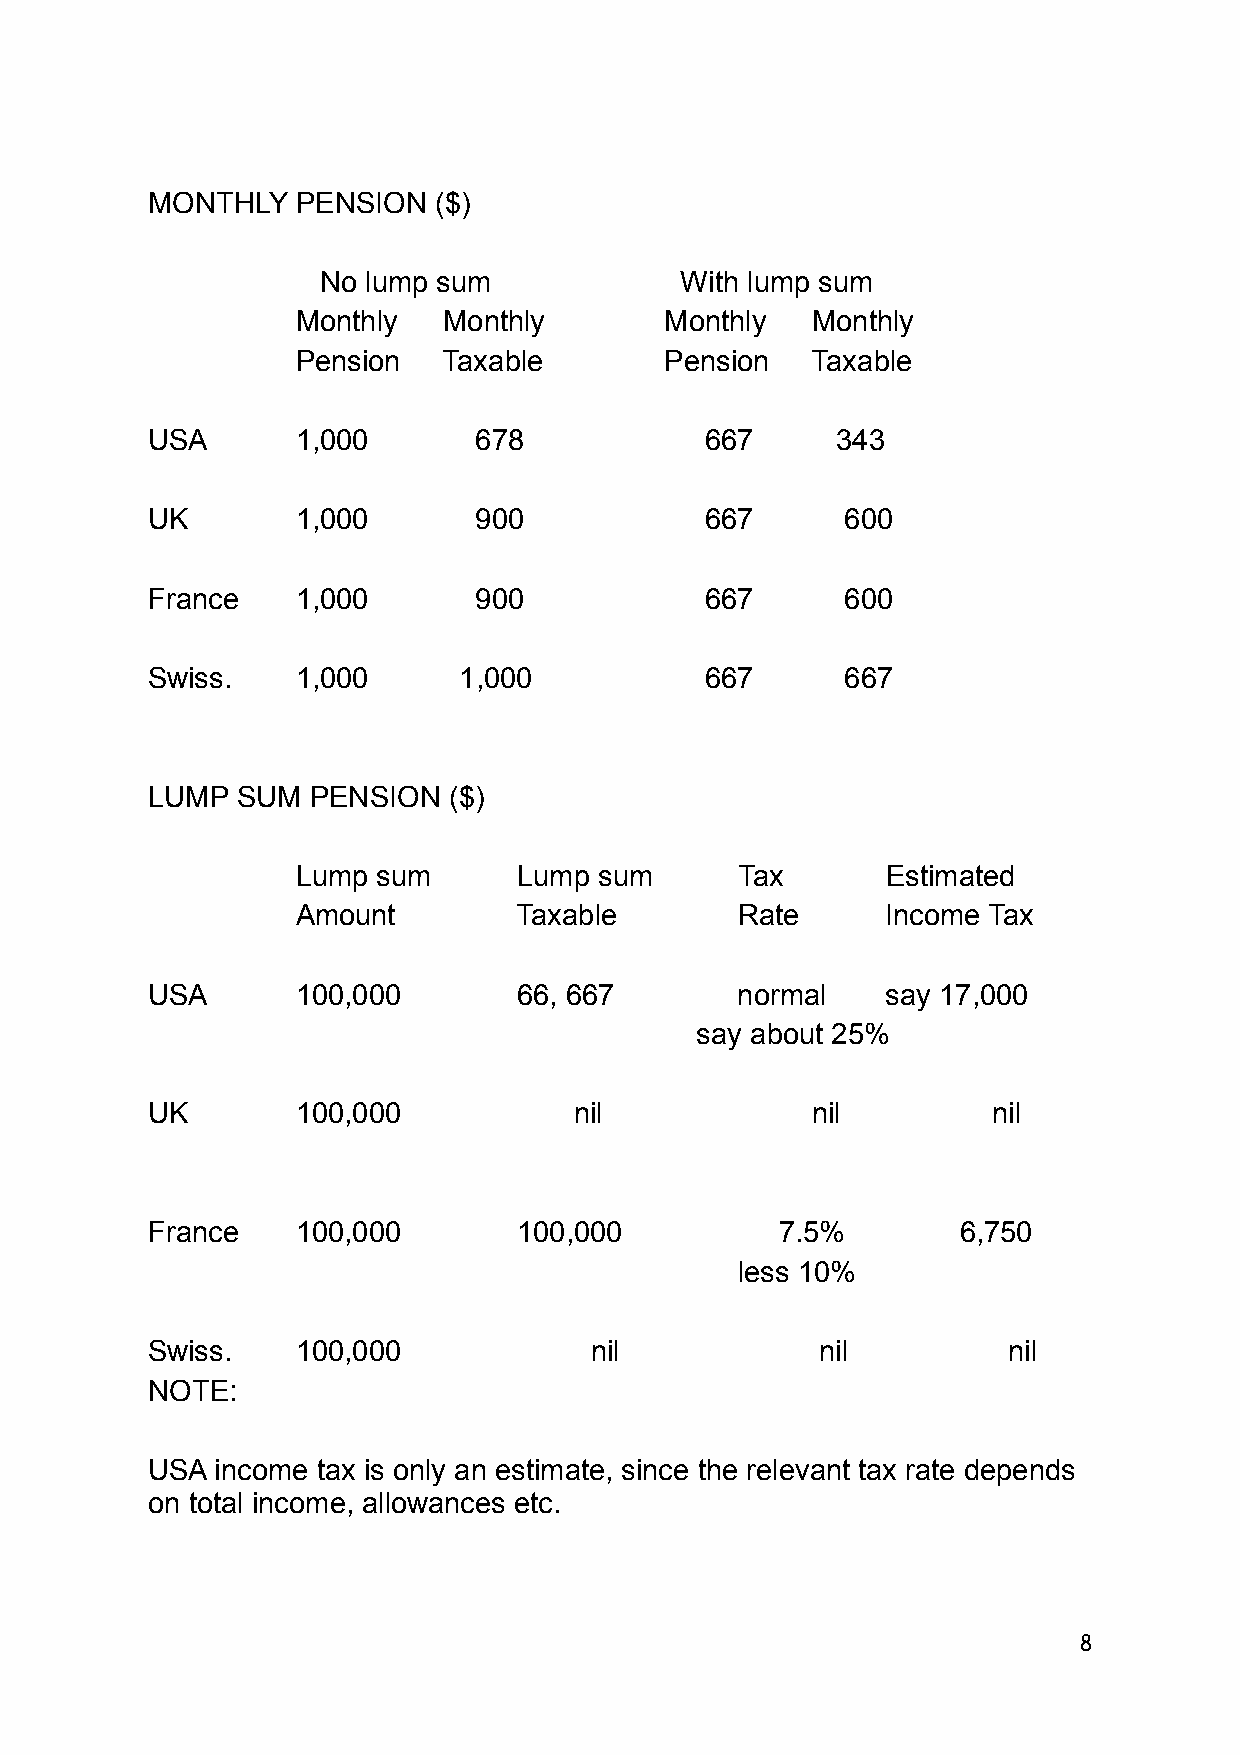
MONTHLY   PENSION  ($)
 No lump sum             With lump sum
 Monthly  Monthly        Monthly   Monthly
 Pension  Taxable        Pension   Taxable
 USA       1,000      678             667     343
 UK        1,000      900             667      600
 France    1,000      900             667      600
 Swiss.    1,000     1,000            667      667
 LUMP  SUM PENSION   ($)
 Lump sum      Lump  sum      Tax       Estimated
 Amount        Taxable        Rate      Income Tax
 USA       100,000       66, 667        normal    say 17,000
 say about 25%
 UK        100,000           nil             nil         nil
 France    100,000       100,000           7.5%        6,750
 less 10%
 Swiss.    100,000            nil            nil          nil
 NOTE:
 USA income tax is only an estimate, since the relevant tax rate depends
 on total income, allowances etc.
 8